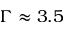
\Gamma \approx 3 . 5